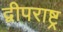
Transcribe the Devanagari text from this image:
द्वीपराष्ट्र